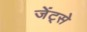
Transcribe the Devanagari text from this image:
जेंट्से